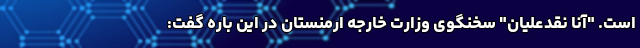
است. "آنا نقدعلیان" سخنگوی وزارت خارجه ارمنستان در این باره گفت: